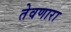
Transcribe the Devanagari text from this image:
तेवणारा